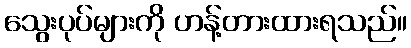
သွေးပုပ်များကို ဟန့်တားထားရသည်။